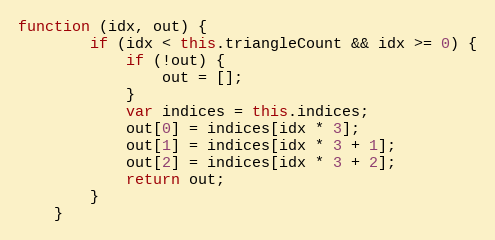
Language: JavaScript
function (idx, out) {
        if (idx < this.triangleCount && idx >= 0) {
            if (!out) {
                out = [];
            }
            var indices = this.indices;
            out[0] = indices[idx * 3];
            out[1] = indices[idx * 3 + 1];
            out[2] = indices[idx * 3 + 2];
            return out;
        }
    }